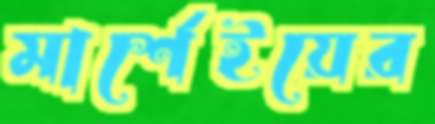
মার্শেইয়ের